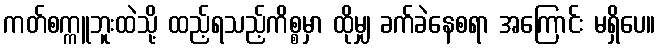
ကတ်စက္ကူဘူးထဲသို့ ထည့်ရသည့်ကိစ္စမှာ ထိုမျှ ခက်ခဲနေစရာ အကြောင်း မရှိပေ။